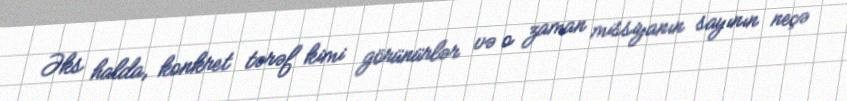
Əks halda, konkret tərəf kimi görünürlər və o zaman missiyanın sayının neçə